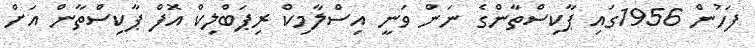
ފަހުން 1956ގައި ޕާކިސްތާންގެ ނަން ވަނީ އިސްލާމިކް ރިޕަބްލިކް އޮފް ޕާކިސްތާން އަށް